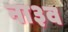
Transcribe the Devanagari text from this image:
ना३व